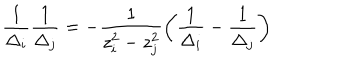
\frac { 1 } { \Delta _ { i } } \frac { 1 } { \Delta _ { j } } = - \frac { 1 } { z _ { i } ^ { 2 } - z _ { j } ^ { 2 } } \left( \frac { 1 } { \Delta _ { i } } - \frac { 1 } { \Delta _ { j } } \right)